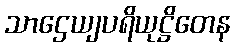
သာဌေယျပရိယုဋ္ဌိတေန